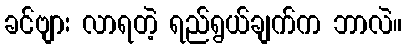
ခင်ဗျား လာရတဲ့ ရည်ရွယ်ချက်က ဘာလဲ။